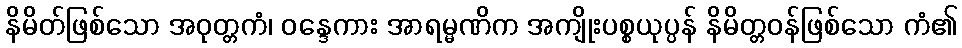
နိမိတ်ဖြစ်သော အဝုတ္တကံ၊ ဝန္ဒေကား အာရမ္မဏိက အကျိုးပစ္စယုပ္ပန် နိမိတ္တဝန်ဖြစ်သော ကံ၏